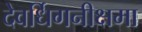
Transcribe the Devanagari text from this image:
देवर्धिगनीक्षमा